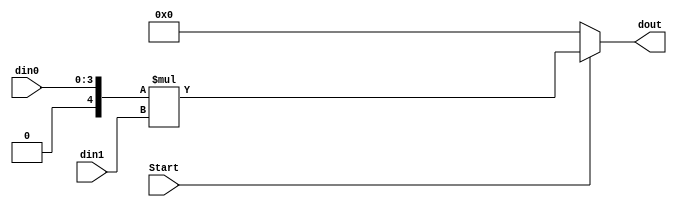
`timescale 1ns / 1ps

module Multiplicator(Start, din0, din1, dout);
  parameter X = 4;
  input Start;
  input [X-1:0] din0;//Image  
  input signed [X-1:0] din1;//Filter    
  output reg signed [2*X-1:0] dout;//Xbit     2*Xbit

  always @(*) begin
    if(!Start) dout = 0;//Start 0 dout 0 
    else dout = $signed({1'b0, din0}) * $signed(din1);//Start 1 dout  din0*din1
                                                      //unsigned din0 signed bit 0 
  end//always
endmodule